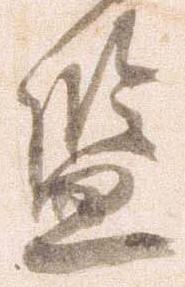
監